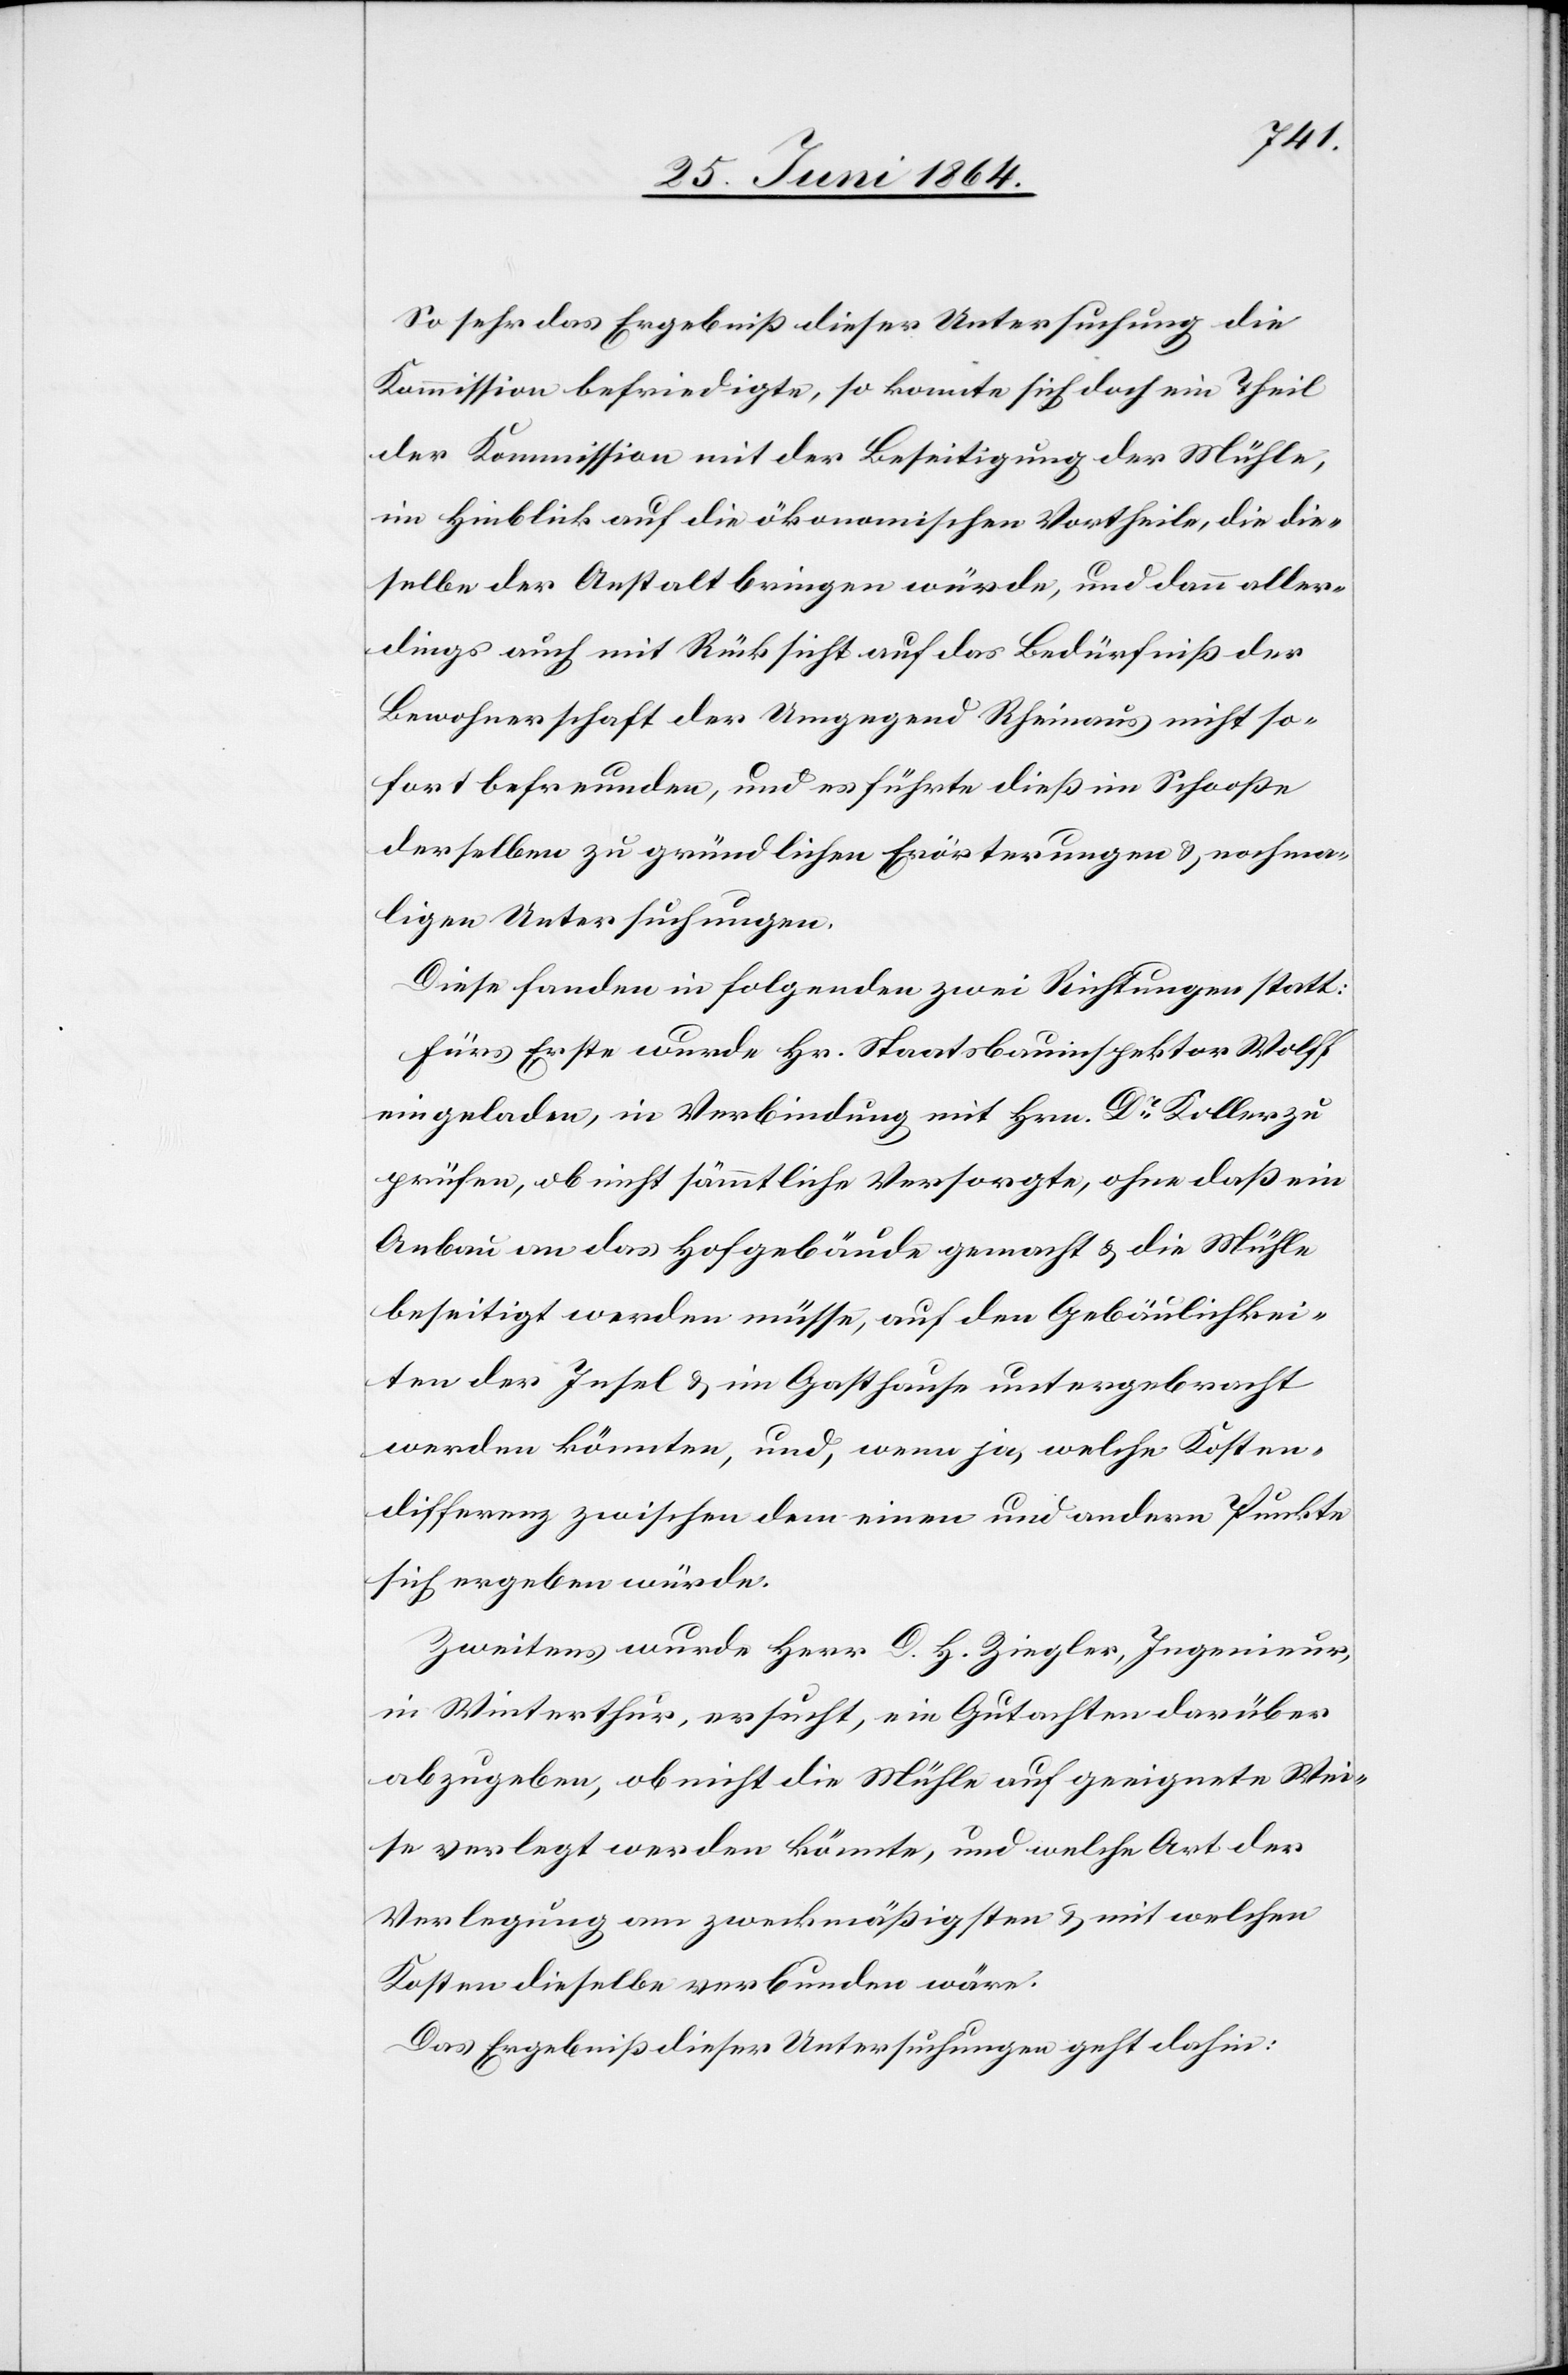
So sehr das Ergebniß dieser Untersuchung die
Kommission befriedigte, so konnte sich doch ein Theil
der Kommission mit der Beseitigung der Mühle,
im Hinblick auf die ökonomischen Vortheile, die die¬
selbe der Anstalt bringen würde, und dann aller¬
dings auch mit Rücksicht auf das Bedürfniß der
Bewohnerschaft der Umgegend Rheinaus nicht so¬
fort befreunden, und es führte dieß im Schooße
derselben zu gründlichen Erörterungen u. nochma¬
ligen Untersuchungen.
Diese fanden in folgenden zwei Richtungen statt:
Fürs Erste wurde Hr. Staatsbauinspektor Wolff
eingeladen, in Verbindung mit Hrn. Dr Koller zu
prüfen, ob nicht sämmtliche Versorgte, ohne daß ein
Anbau an das Hofgebäude gemacht u. die Mühle
beseitigt werden müsse, auf den Gebäulichkei¬
ten der Insel u. im Gasthause untergebracht
werden könnten, und, wenn ja, welche Kosten¬
differenz zwischen dem einen und andern Punkte
sich ergeben würde.
Zweitens wurde Herr D. H. Ziegler, Ingenieur,
in Winterthur, ersucht, ein Gutachten darüber
abzugeben, ob nicht die Mühle auf geeignete Wei¬
se verlegt werden könnte, und welche Art der
Verlegung am zweckmäßigsten u. mit welchen
Kosten dieselbe verbunden wäre.
Das Ergebniß dieser Untersuchungen geht dahin: